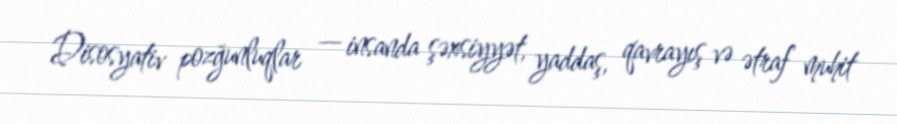
Disosyativ pozğunluqlar — insanda şəxsiyyət, yaddaş, qavrayış və ətraf muhit